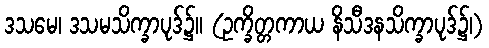
ဒသမေ၊ ဒသမသိက္ခာပုဒ်၌။ (ဥက္ခိတ္တကာယ နိသီဒနသိက္ခာပုဒ်၌၊)